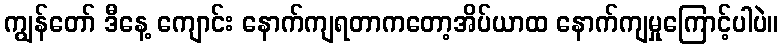
ကျွန်တော် ဒီနေ့ ကျောင်း နောက်ကျရတာကတော့အိပ်ယာထ နောက်ကျမှုကြောင့်ပါပဲ။